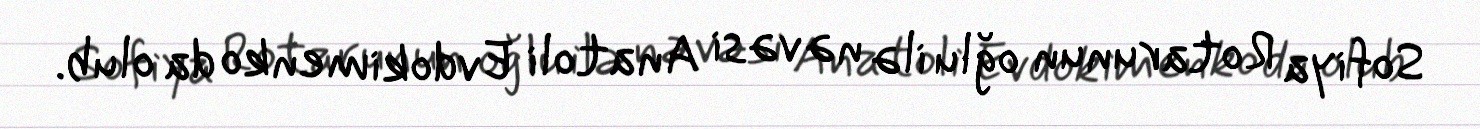
Sofiya Rotarunun oğlu ilə nəvəsi Anatoli Evdokimenko da olub.